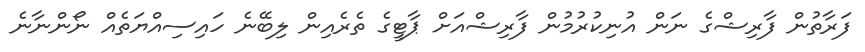
ފަރާތުން ފާރިޝްގެ ނަން އުނިކުރުމުން ފާރިޝްއަށް ޕާޓީގެ ތެރެއިން ލިބޭނެ ހައިސިއްޔަތެއް ނޯންނާނެ